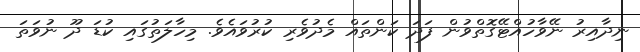
ނިދާއިރު ނޭވާހުއްޓޭގޮތްވުން ފަދަ ކަންތައް މެދުވެރި ކުރުވައެވެ. މިހާލަތުގައި ކުޑަ ދޫ ނުވަތަ